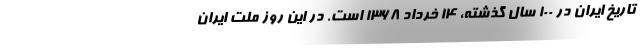
تاریخ ایران در ۱۰۰ سال گذشته، ۱۴ خرداد ۱۳۶۸ است. در این روز ملت ایران